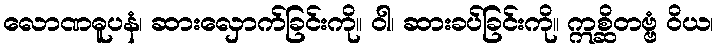
လောဏဓူပနံ၊ ဆားလှောက်ခြင်းကို။ ဝါ၊ ဆားခပ်ခြင်းကို။ ဣစ္ဆိတဗ္ဗံ ဝိယ၊